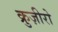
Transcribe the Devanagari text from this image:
क्रुज़ीरो